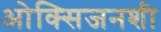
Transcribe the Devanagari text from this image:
ओक्सिजनशी